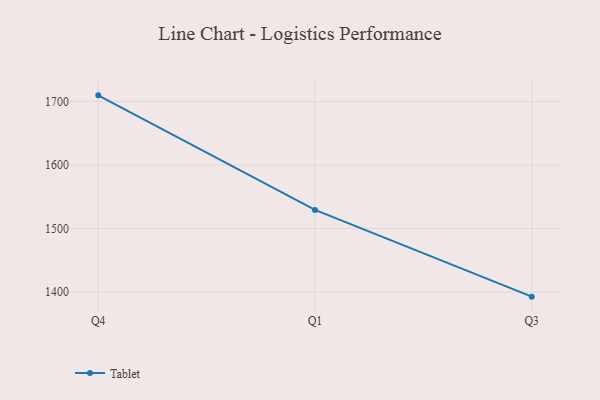
{"axis": {"x": "Quarter", "y": "Energy Usage (MWh)"}, "legend": ["Tablet"], "data": [{"x": "Q4", "y": 1709.7, "type": "Tablet"}, {"x": "Q1", "y": 1529.3, "type": "Tablet"}, {"x": "Q3", "y": 1392.7, "type": "Tablet"}]}